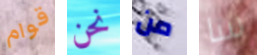
قوام نحن من سا